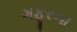
ગફૂરના